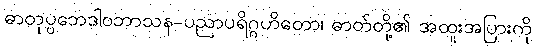
ဓာတုပ္ပဘေဒါဝဘာသန-ပညာပရိဂ္ဂဟိတော၊ ဓာတ်တို့၏ အထူးအပြားကို